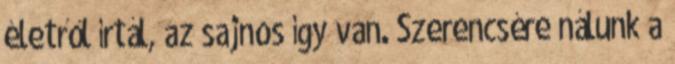
életről írtál, az sajnos így van. Szerencsére nálunk a